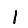
Digit: 1